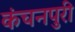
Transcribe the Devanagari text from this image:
कंचनपुरी